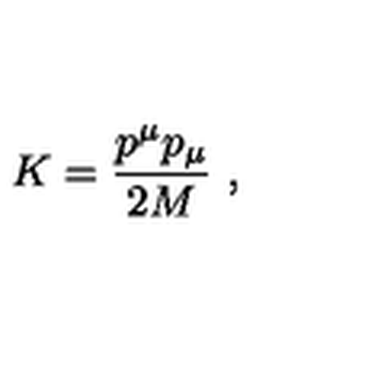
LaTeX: K = \frac { p ^ { \mu } p _ { \mu } } { 2 M } \ ,